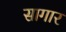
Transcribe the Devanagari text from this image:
सागार